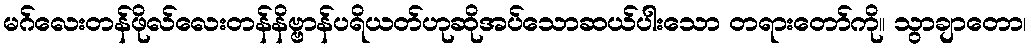
မဂ်လေးတန်ဖိုလ်လေးတန်နိဗ္ဗာန်ပရိယတ်ဟုဆိုအပ်သောဆယ်ပါးသော တရားတော်ကို။ သွာချာတော၊